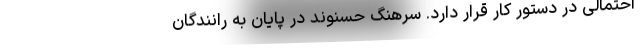
احتمالی در دستور کار قرار دارد. سرهنگ حسنوند در پایان به رانندگان